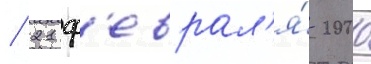
/ 21 ф'еврал'я́ 2000